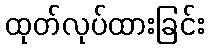
ထုတ်လုပ်ထားခြင်း